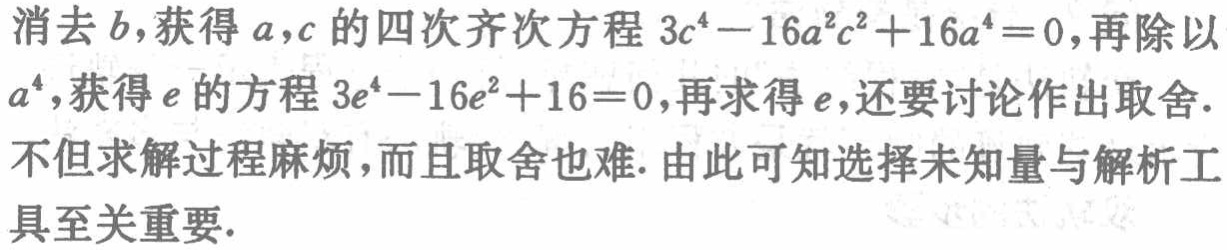
消去\(b\)，获得\(a,c\)的四次齐次方程\(3c^{4}-16a^{2}c^{2}+16a^{4}=0\)，再除以\(a^{4}\)，获得\(e\)的方程\(3e^{4}-16e^{2}+16 = 0\)，再求得\(e\)，还要讨论作出取舍. 不但求解过程麻烦，而且取舍也难. 由此可知选择未知量与解析工具至关重要.